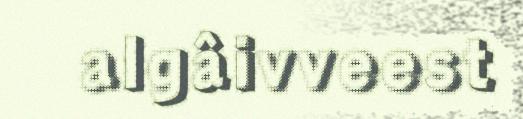
algâivveest